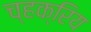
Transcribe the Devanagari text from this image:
च्हक्रिय